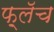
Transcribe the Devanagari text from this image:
फ़्लॅच